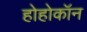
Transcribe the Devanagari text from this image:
होहोकॉन